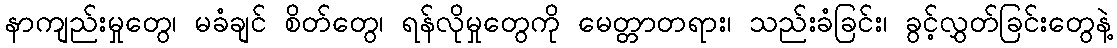
နာကျည်းမှုတွေ၊ မခံချင် စိတ်တွေ၊ ရန်လိုမှုတွေကို မေတ္တာတရား၊ သည်းခံခြင်း၊ ခွင့်လွှတ်ခြင်းတွေနဲ့